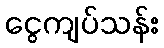
ငွေကျပ်သန်း